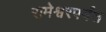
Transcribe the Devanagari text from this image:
रामेश्वरपर्यंत